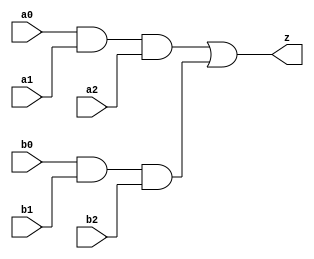
//#############################################################################
//# Function: And-Or (ao33) Gate                                              #
//# Copyright: Lambda Project Authors. All rights Reserved.                   #
//# License:  MIT (see LICENSE file in Lambda repository)                     #
//#############################################################################

module la_ao33 #(
    parameter PROP = "DEFAULT"
) (
    input  a0,
    input  a1,
    input  a2,
    input  b0,
    input  b1,
    input  b2,
    output z
);

    assign z = (a0 & a1 & a2) | (b0 & b1 & b2);

endmodule